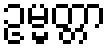
ဥမ္မတ္တာ